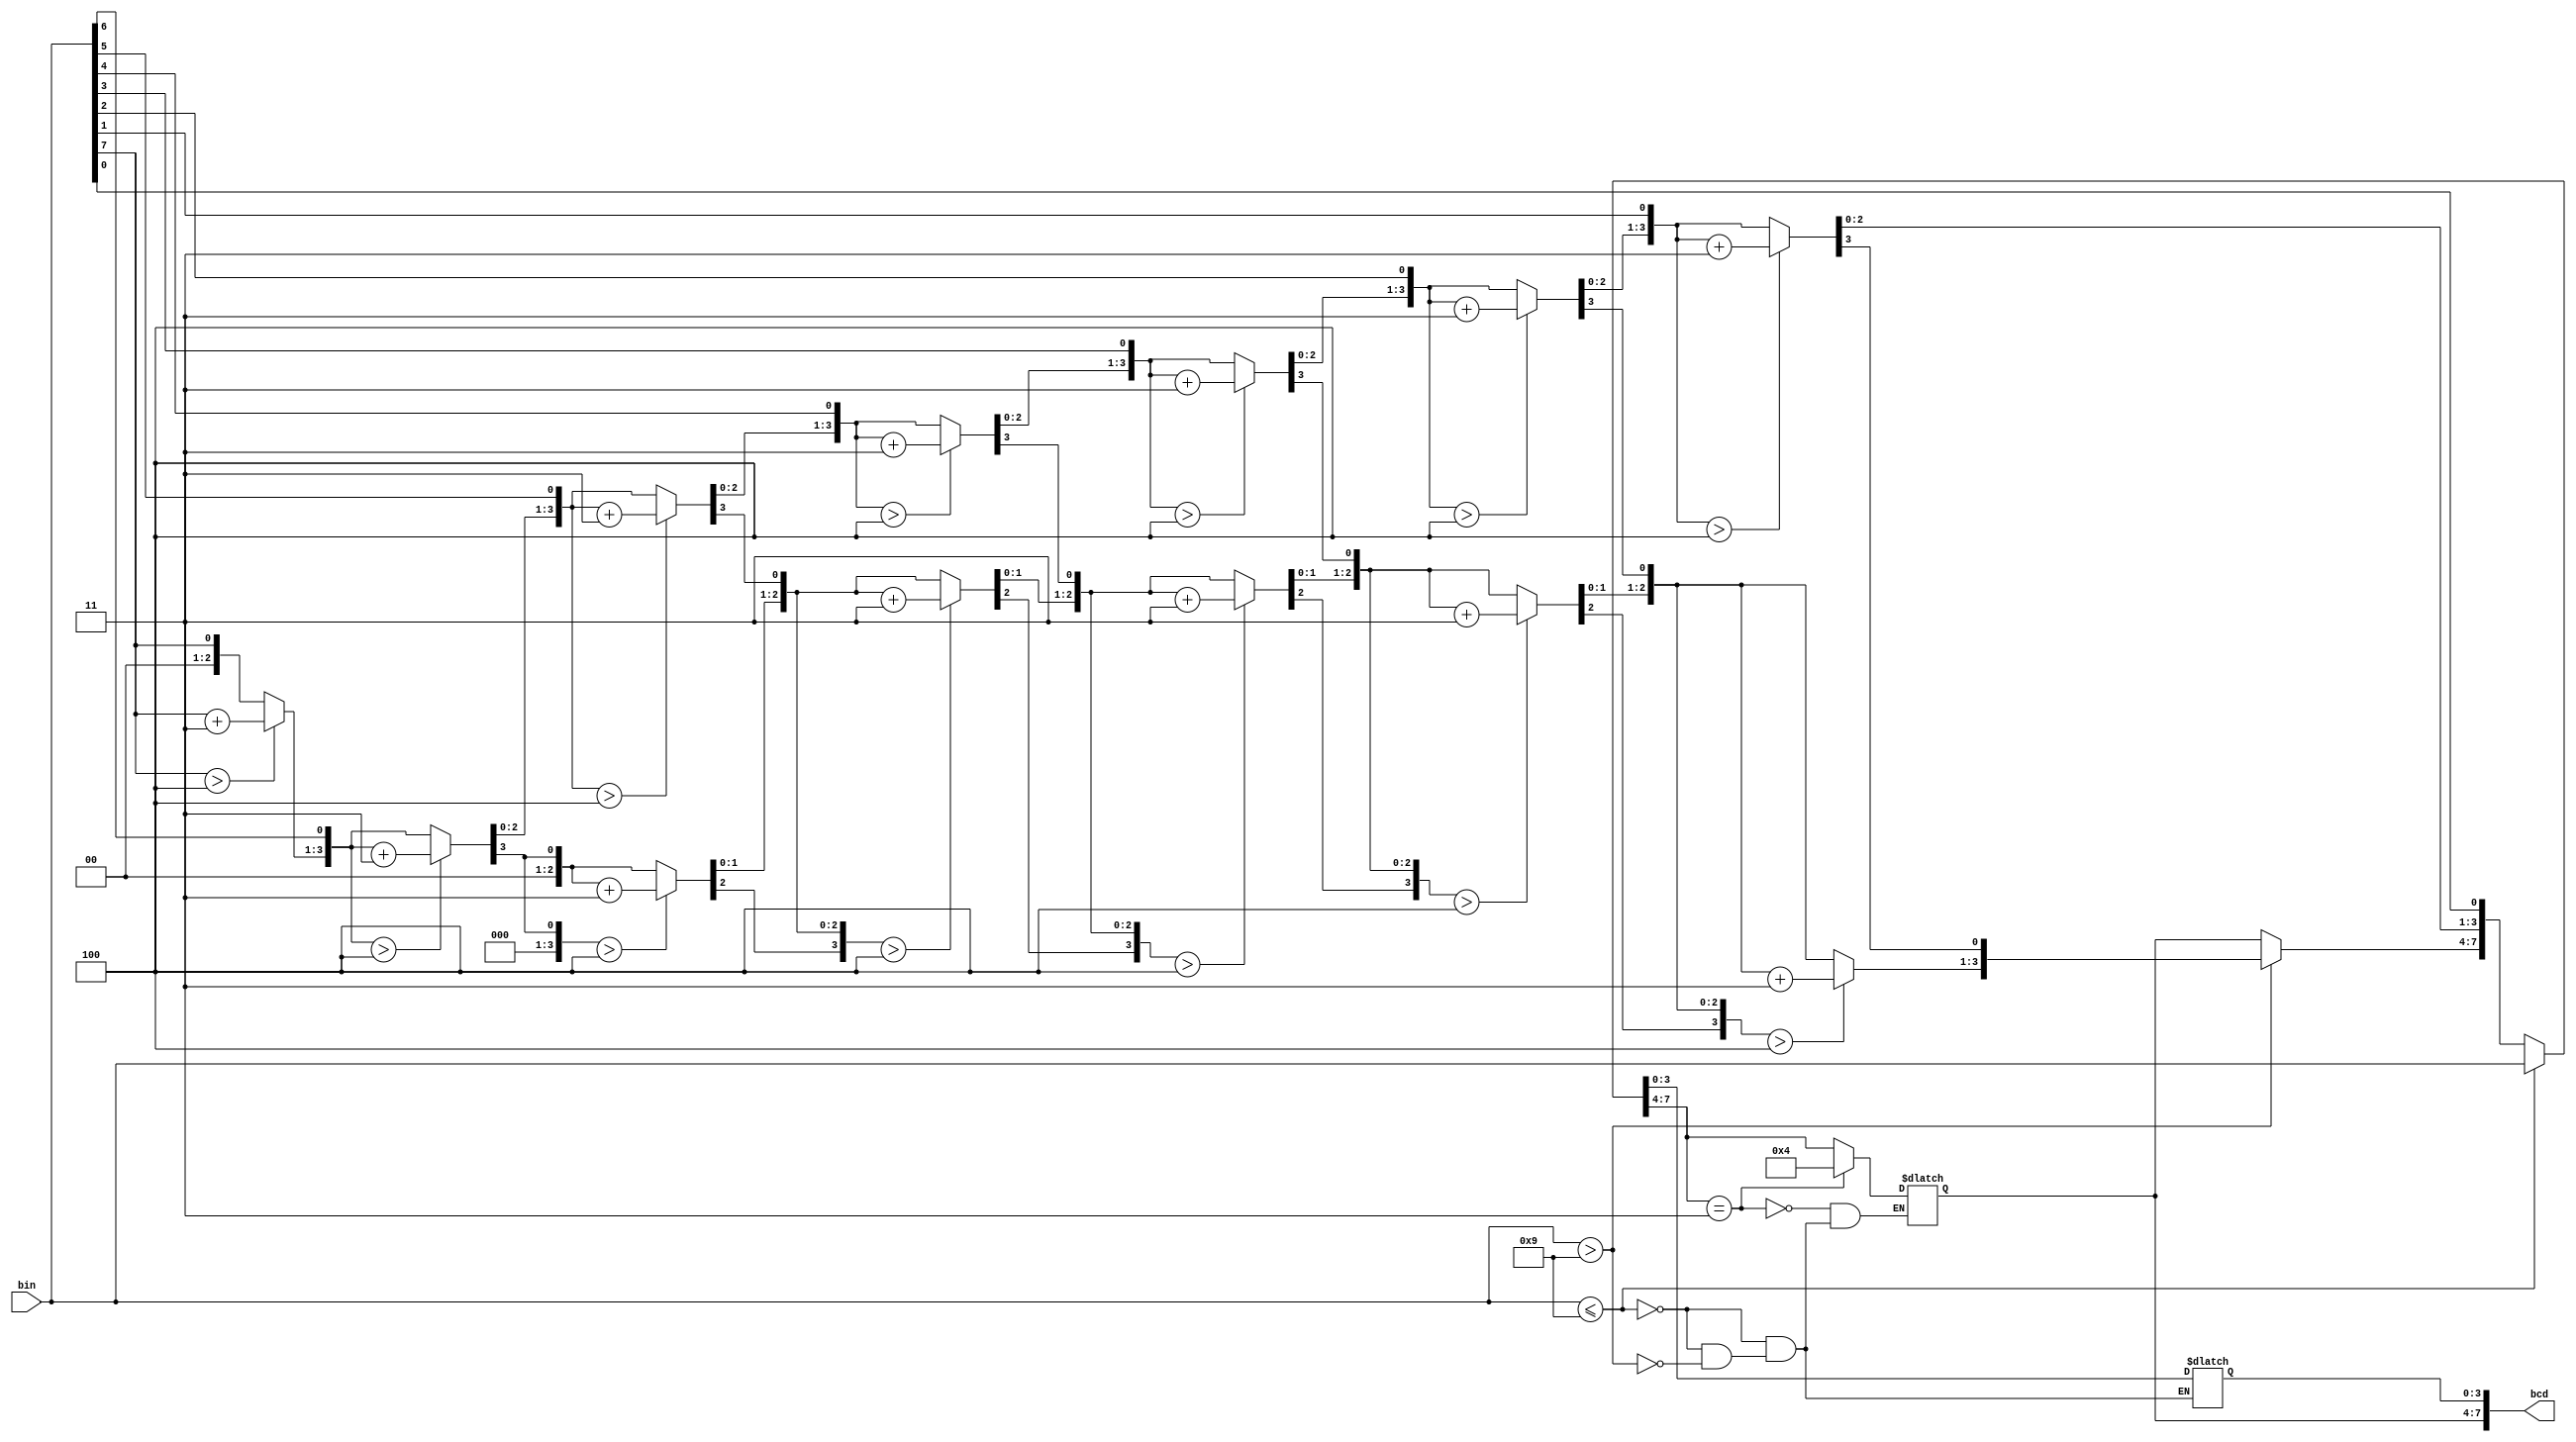
`timescale 1ns / 1ps
//////////////////////////////////////////////////////////////////////////////////
// Company: 
// Engineer: 
// 
// Design Name: 
// Module Name: bin2bcd
// Project Name: 
// Target Devices: 
// Tool Versions: 
// Description: 
// 
// Dependencies: 
// 
// Revision:
// Revision 0.01 - File Created
// Additional Comments:
// 
//////////////////////////////////////////////////////////////////////////////////

module bin2bcd(
    input [7:0] bin,
    output reg [7:0] bcd
    
    );

    
    //input ports and their sizes
    
    //output ports and, their size

    //Internal variables
   integer i;
    always @(bin)
        begin
            
             if(bin <= 9)
                bcd = bin;
             else if(bin > 9)begin
                bcd = 0;
                for(i=0;i < 8; i = i + 1)
                    begin
                        bcd = {bcd[6:0], bin[7-i]};
                        if(i < 7 && bcd[3:0] > 4)
                            bcd[3:0] = bcd[3:0] + 3;
                        if(i < 7 && bcd[7:4] > 4)
                            bcd[7:4] = bcd[7:4] + 3;
                    end
               end
            if(bcd[7:4] == 3'b011)
                bcd[7:4] = 3'b100;
        end       
endmodule